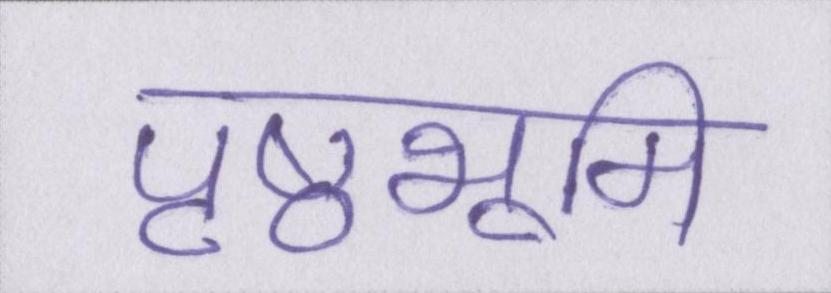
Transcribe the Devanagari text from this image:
पृष्ठभूमि